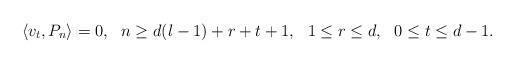
LaTeX: \begin{align*}\left\langle v_{t},P_n\right\rangle=0, \ \ n\geq d(l-1)+r+t+1, \ \ 1\leq r\leq d, \ \ 0\leq t\leq d-1.\end{align*}